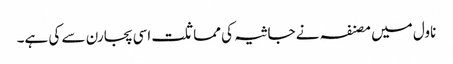
ناول میں مصنفہ نے جاثیہ کی مماثلت اسی پجارن سے کی ہے۔